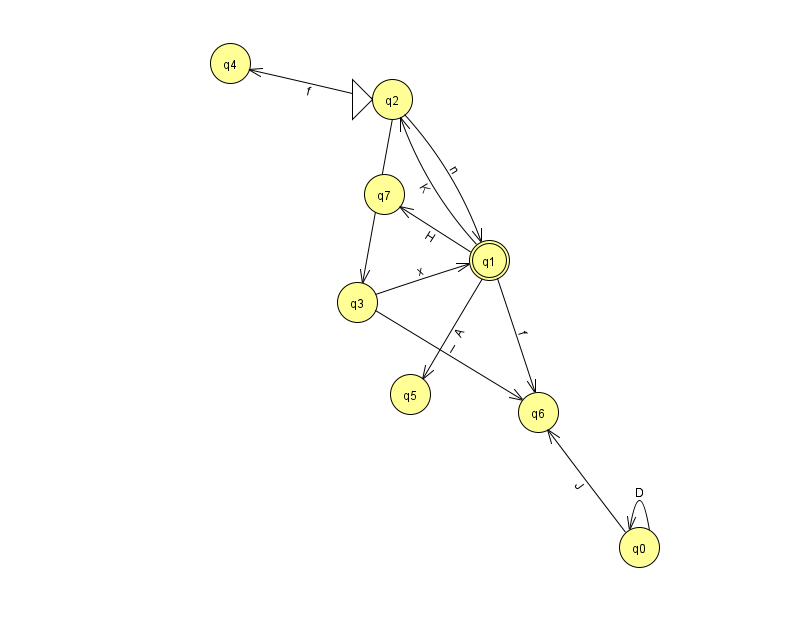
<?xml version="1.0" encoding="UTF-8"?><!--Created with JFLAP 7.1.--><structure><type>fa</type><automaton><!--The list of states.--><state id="0" name="q0"><x>639.0</x><y>534.0</y></state><state id="1" name="q1"><x>489.0</x><y>247.0</y><final/></state><state id="2" name="q2"><x>392.0</x><y>86.0</y><initial/></state><state id="3" name="q3"><x>357.0</x><y>289.0</y></state><state id="4" name="q4"><x>230.0</x><y>50.0</y></state><state id="5" name="q5"><x>410.0</x><y>381.0</y></state><state id="6" name="q6"><x>538.0</x><y>399.0</y></state><state id="7" name="q7"><x>384.0</x><y>181.0</y></state><!--The list of transitions.--><transition><from>3</from><to>1</to><read>x</read></transition><transition><from>2</from><to>1</to><read>n</read></transition><transition><from>0</from><to>0</to><read>D</read></transition><transition><from>0</from><to>6</to><read>J</read></transition><transition><from>1</from><to>7</to><read>H</read></transition><transition><from>1</from><to>2</to><read>K</read></transition><transition><from>1</from><to>5</to><read>A</read></transition><transition><from>1</from><to>6</to><read>f</read></transition><transition><from>2</from><to>3</to><read>l</read></transition><transition><from>2</from><to>4</to><read>f</read></transition><transition><from>3</from><to>6</to><read>I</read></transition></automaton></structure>